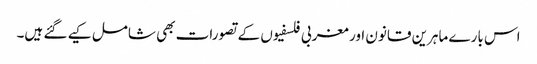
اس بارے ماہرین قانون اور مغربی فلسفیوں کے تصورات بھی شامل کیے گئے ہیں۔